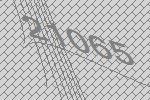
21065